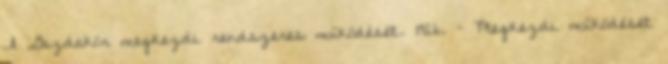
A Gazdakör megkezdi rendszeres működését. 1926. – Megkezdi működését